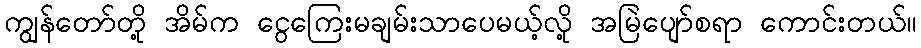
ကျွန်တော်တို့ အိမ်က ငွေကြေးမချမ်းသာပေမယ့်လို့ အမြဲပျော်စရာ ကောင်းတယ်။